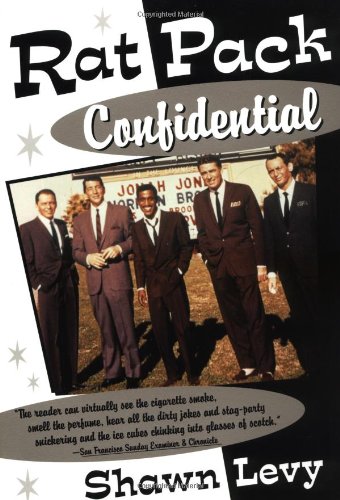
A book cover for Rat Pack Confidential: Frank, Dean, Sammy, Peter, Joey and the Last Great Show Biz Party; Shawn Levy; Humor & Entertainment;